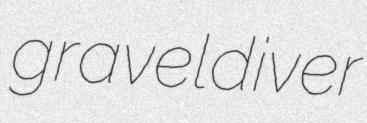
graveldiver